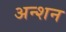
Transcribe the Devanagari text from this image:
अन्शन